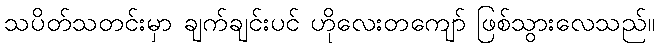
သပိတ်သတင်းမှာ ချက်ချင်းပင် ဟိုလေးတကျော် ဖြစ်သွားလေသည်။